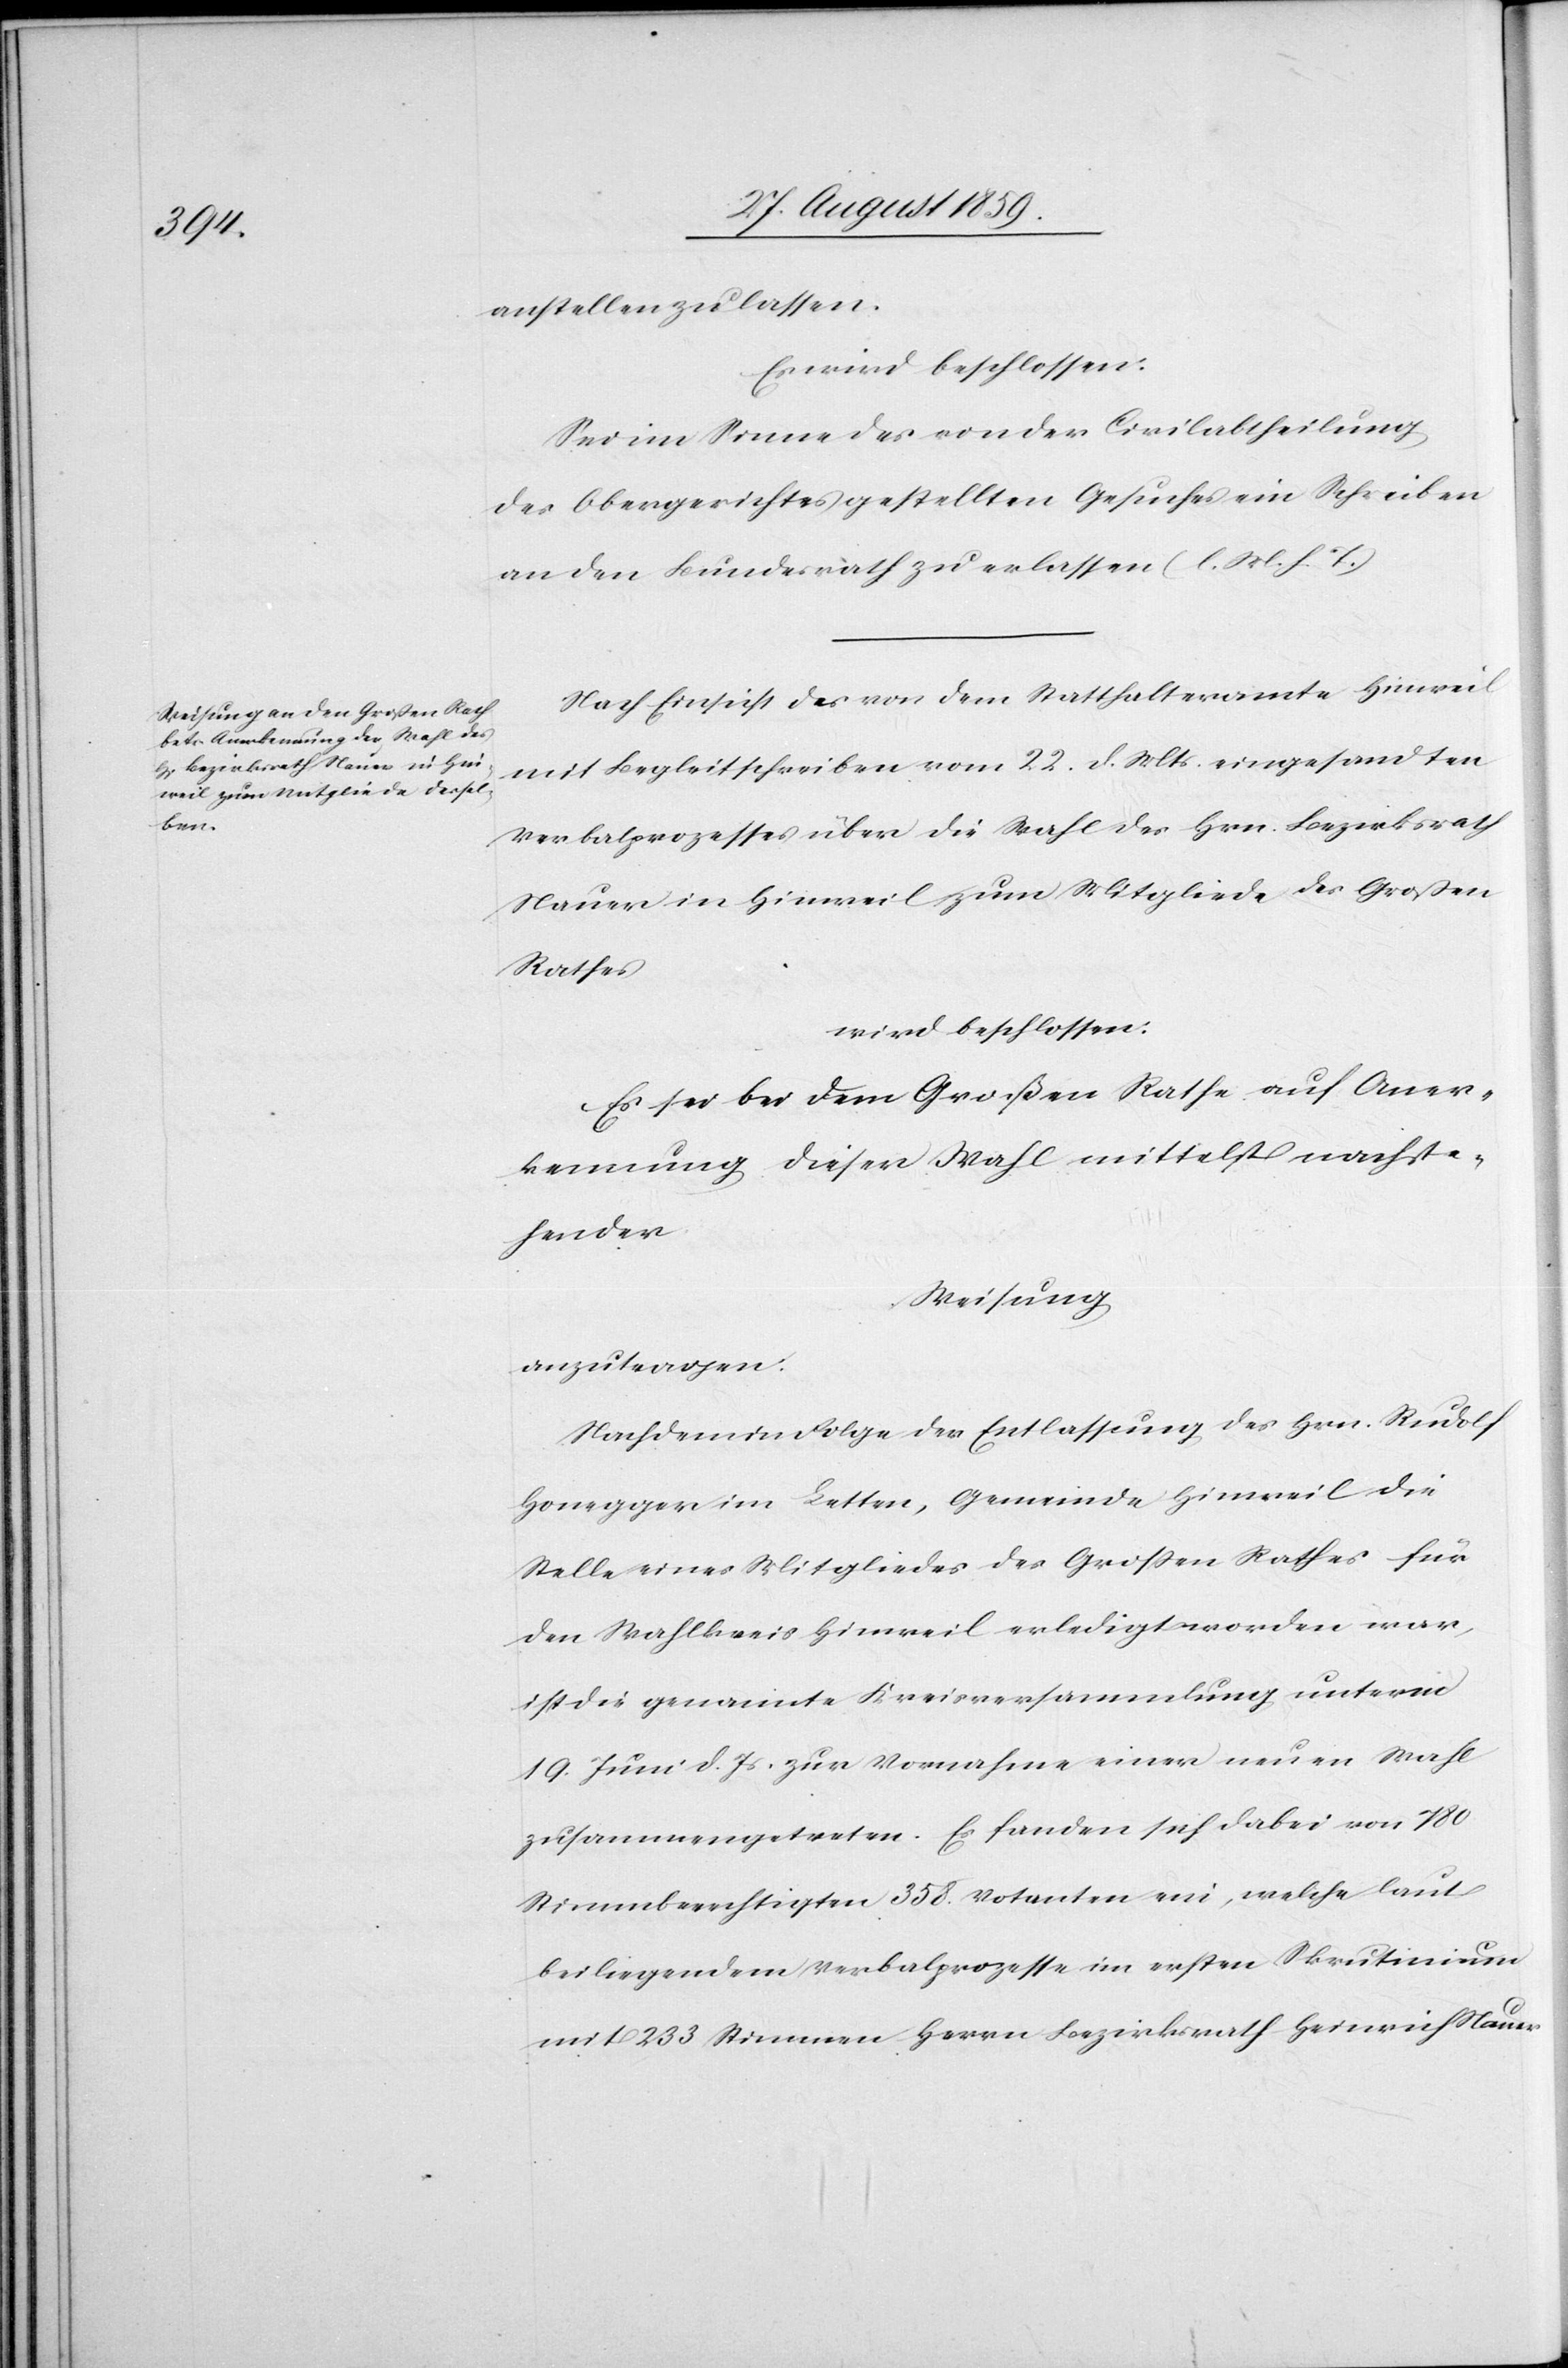
anstellen zu lassen.
Es wird beschlossen:
Sei im Sinne des von der Civilabtheilung
des Obergerichtes gestellten Gesuches ein Schreiben
an den Bundesrath zu erlassen (l. M. h. T.)
Nach Einsicht des von dem Statthalteramte Hinweil
mit Begleitschreiben vom 22. d. Mts. eingesandten
Verbalprozesses über die Wahl des Hrn. Bezirksrath
Nauer in Hinweil zum Mitgliede des Großen
Rathes
wird beschlossen:
Es sei bei dem Großen Rathe auf Aner¬
kennung dieser Wahl mittelst nachste¬
hender
Weisung
anzutragen
Nachdem in Folge der Entlassung des Hrn. Rudolf
Honegger im Letten, Gemeinde Hinweil die
Stelle eines Mitgliedes des Großen Rathes für
den Wahlkreis Hinweil erledigt worden war,
ist die genannte Kreisversammlung unterm
19. Juni d. Js. zur Vornahme einer neuen Wahl
zusammengetreten. Es fanden sich dabei von 780
Stimmberechtigten 358. Votanten ein, welche laut
beiliegendem Verbalprozesse im ersten Skrutinium
mit 233 Stimmen Herrn Bezirksrath Heinrich Nauer